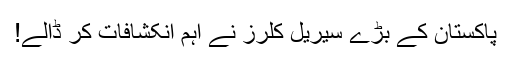
پاکستان کے بڑے سیریل کلرز نے اہم انکشافات کر ڈالے!